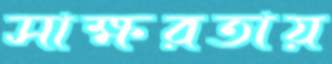
সাক্ষরতায়